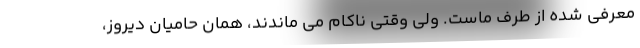
معرفی شده از طرف ماست. ولی وقتی ناکام می ماندند، همان حامیان دیروز،